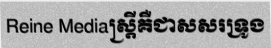
Reine Mediaស្ត្រីគឺជាសសរទ្រូង